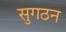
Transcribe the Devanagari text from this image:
सुगठन